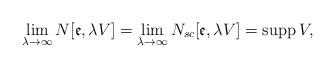
LaTeX: \begin{align*}\lim_{\lambda \rightarrow \infty }N[\mathfrak{e},\lambda V]=\lim_{\lambda\rightarrow \infty }N_{sc}[\mathfrak{e},\lambda V]=\mathop{\mathrm{supp}}V,\end{align*}